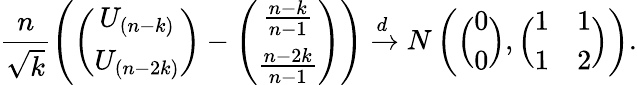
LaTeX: \frac{n}{\sqrt{k}}\left(\left(\begin{array}{c}{U_{(n-k)}}\\ {U_{(n-2k)}}\end{array}\right)-\left(\begin{array}{c}{\frac{n-k}{n-1}}\\ {\frac{n-2k}{n-1}}\end{array}\right)\right)\xrightarrow{d}N\left(\Big(\begin{array}{c}{0}\\ {0}\end{array}\Big),\Big(\begin{array}{cc}{1}&{1}\\ {1}&{2}\end{array}\Big)\right).